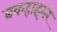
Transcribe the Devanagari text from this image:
ब्रकहाइमर